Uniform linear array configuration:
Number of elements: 16
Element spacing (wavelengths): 0.5
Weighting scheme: blackman
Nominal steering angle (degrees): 15
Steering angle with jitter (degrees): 16.43
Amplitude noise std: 0.05
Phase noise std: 0.05

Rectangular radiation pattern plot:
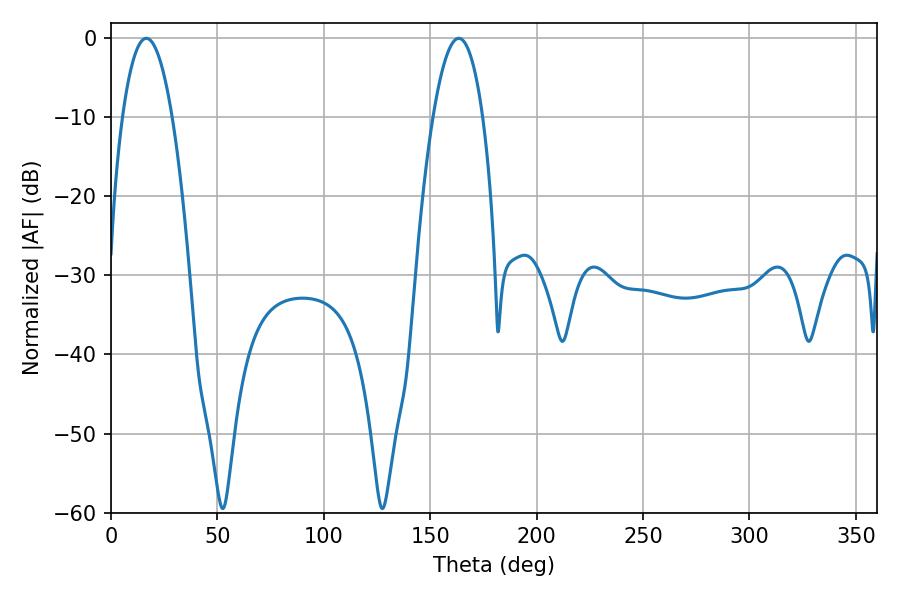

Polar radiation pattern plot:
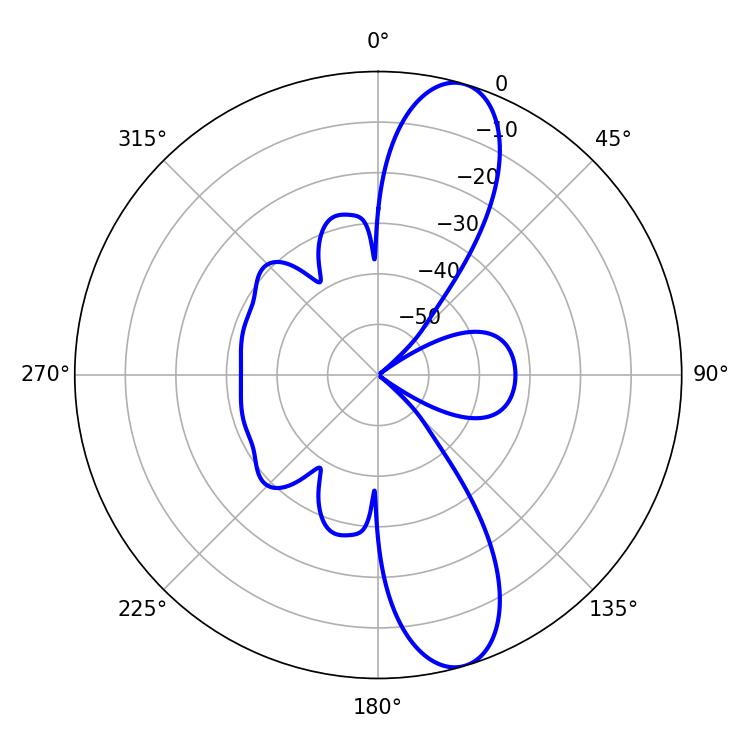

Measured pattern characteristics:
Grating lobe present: FALSE
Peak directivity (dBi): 11.611
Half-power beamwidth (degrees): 12.96
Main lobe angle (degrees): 16.56